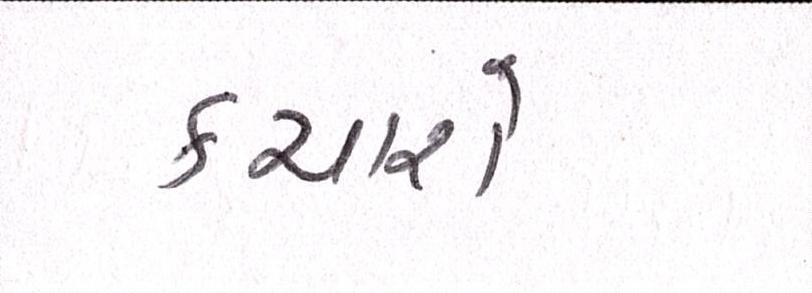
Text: કચારો